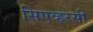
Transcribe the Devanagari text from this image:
सिएव्हरसी